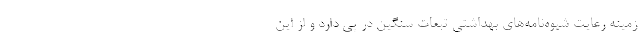
زمینه رعایت شیوه‌نامه‌های بهداشتی تبعات سنگین در پی دارد و از این